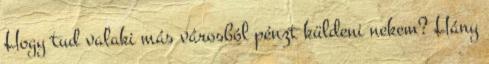
Hogy tud valaki más városból pénzt küldeni nekem? Hány